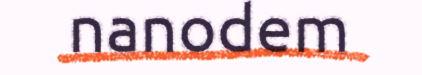
nanodem